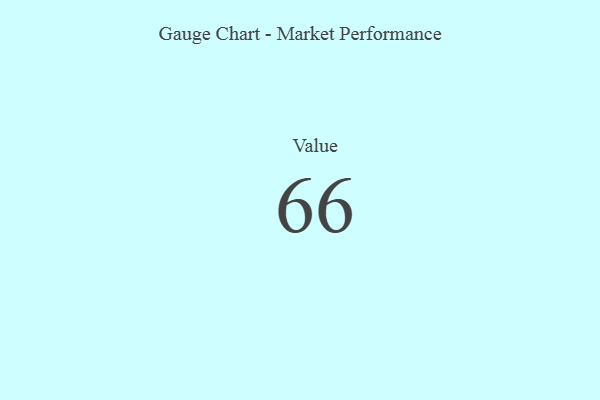
{"axis": {"x": "Metric", "y": "Value"}, "legend": [""], "data": [{"x": "Value", "y": 66, "type": ""}]}